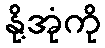
နို့အုံကို